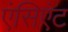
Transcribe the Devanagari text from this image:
एंसिएंट